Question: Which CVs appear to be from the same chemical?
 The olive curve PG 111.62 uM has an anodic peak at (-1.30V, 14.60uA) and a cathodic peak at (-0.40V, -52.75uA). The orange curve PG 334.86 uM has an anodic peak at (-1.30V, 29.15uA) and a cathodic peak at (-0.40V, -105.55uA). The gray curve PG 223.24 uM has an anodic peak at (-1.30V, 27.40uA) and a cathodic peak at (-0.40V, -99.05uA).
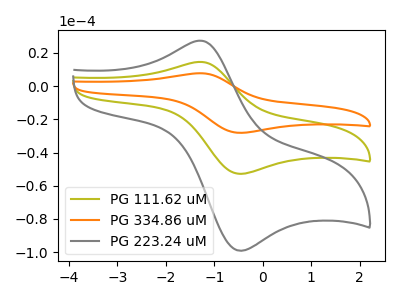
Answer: <think>All the peaks in "PG 111.62 uM" have a peak in "PG 334.86 uM" at the same potential. Every peak in "PG 111.62 uM" is lower than every peak in "PG 334.86 uM". All the peaks in "PG 111.62 uM" have a peak in "PG 223.24 uM" at the same potential. Every peak in "PG 111.62 uM" is lower than every peak in "PG 223.24 uM". All the peaks in "PG 334.86 uM" have a peak in "PG 223.24 uM" at the same potential. Every peak in "PG 334.86 uM" is higher than every peak in "PG 223.24 uM".
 </think>
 <answer>"PG 223.24 uM", "PG 111.62 uM" and "PG 334.86 uM" have the same shape and are likely CV's of the same chemical.</answer>
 <eval>"PG 223.24 uM" "PG 111.62 uM" "PG 334.86 uM"</eval>